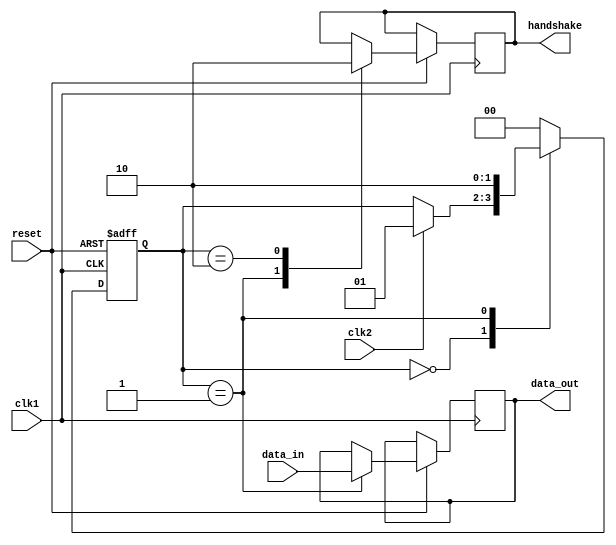
module synchronizer_and_handshake (
    input wire clk1,         // Clock domain 1
    input wire clk2,         // Clock domain 2
    input wire reset,        // Reset signal
    input wire data_in,      // Input data signal
    output reg data_out,     // Output data signal
    output reg handshake     // Handshake signal
);

reg [1:0] state;             // State variable for synchronization state machine

always @(posedge clk1 or negedge reset) begin
    if (!reset) begin
        state <= 2'b00;     // Reset state
    end else begin
        case (state)
            2'b00: begin    // Wait state
                if (clk2) begin
                    state <= 2'b01; // Transition to capture state
                end
            end
            2'b01: begin    // Capture state
                data_out <= data_in; // Strobe data from clk1 domain to clk2 domain
                handshake <= 1'b1;  // Set handshake signal to high
                state <= 2'b10;     // Transition to complete state
            end
            2'b10: begin    // Complete state
                handshake <= 1'b0;   // Reset handshake signal
                state <= 2'b00;     // Transition back to wait state
            end
            default: state <= 2'b00; // Default to wait state
        endcase
    end
end

endmodule